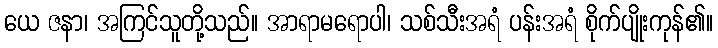
ယေ ဇနာ၊ အကြင်သူတို့သည်။ အာရာမရောပါ၊ သစ်သီးအရံ ပန်းအရံ စိုက်ပျိုးကုန်၏။